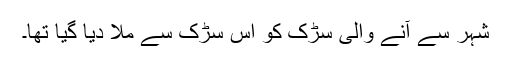
شہر سے آنے والی سڑک کو اس سڑک سے ملا دیا گیا تھا۔